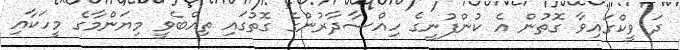
ދަ ވީކްގައިވާ ގޮތުން އެ ކުންފުނީގެ ހިއްސާދާރުންގެ ގޮތުގައި ތިއްބެވީ މިޔަންމާގެ މީހަކާއި